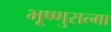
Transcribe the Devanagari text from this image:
भूष्णुरात्मा